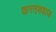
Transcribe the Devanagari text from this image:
करतबबाज